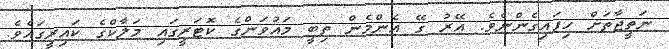
ނަތީޖާތަށް ހިފައިގެންނެވެ. އޭރު ގޭ އެންމެން ތިބީ މައުވަންގެ ކޮޓަރީގައި މަލާކްގެ ކައިރީގައެވެ.